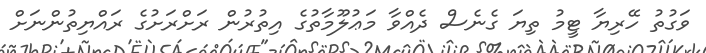
ވަގުތު ހޭރިޔާ ޓީމު ތިޔަ ގެނެސް ދެއްވާ މަޢުލޫމާތުގެ އިތުރުން ރަށްރަށުގެ ރައްޔިތުންނަށް